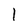
Character: 1